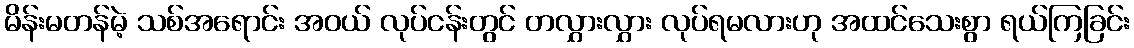
မိန်းမတန်မဲ့ သစ်အရောင်း အဝယ် လုပ်ငန်းတွင် တလွှားလွှား လုပ်ရမလားဟု အထင်သေးစွာ ရယ်ကြခြင်း